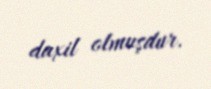
daxil olmuşdur.